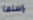
ارسلها